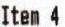
ITEM 4